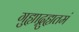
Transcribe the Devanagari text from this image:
गुह्याद्गुह्यतमं